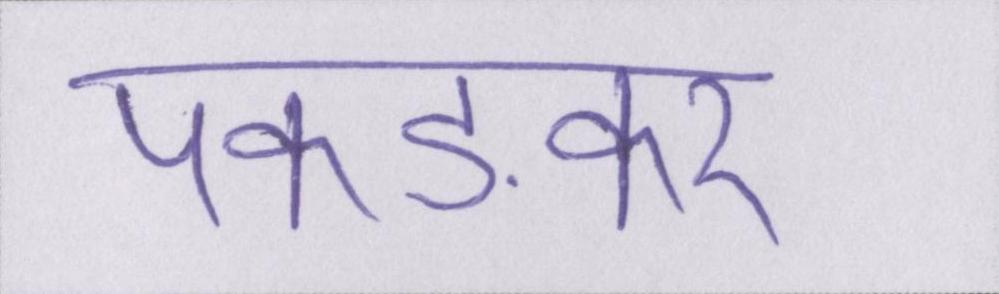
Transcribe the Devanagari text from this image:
पकङकर